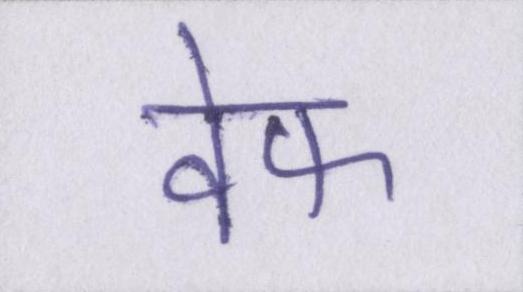
वेफ